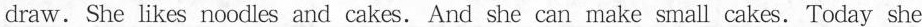
draw. She likes noodles and cakes. And she can make small cakes.Today she